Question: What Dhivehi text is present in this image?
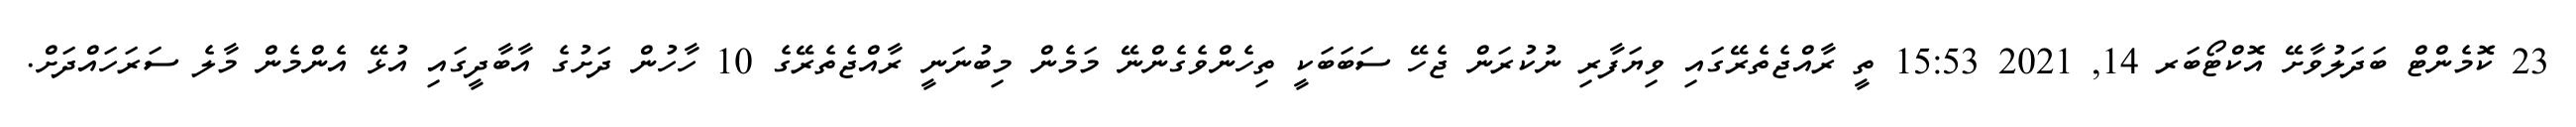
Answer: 23 ކޮމެންޓް ބަދަލުވާށޭ އޮކްޓޯބަރ 14, 2021 15:53 ތީ ރާއްޖެތެރޭގައި ވިޔަފާރި ނުކުރަން ޖެހޭ ސަބަބަކީ ތިހެންވެގެންނޭ މަމެން މިބުނަނީ ރާއްޖެތެރޭގެ 10 ހާހުން ދަށުގެ އާބާދީގައި އުޅޭ އެންމެން މާލެ ސަރަހައްދަށް.